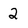
Character: 2